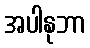
အပါနုဘာ